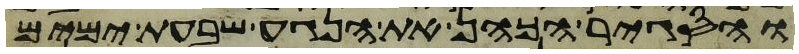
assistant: והסגיר הכהן את הנגע שבעת ימים